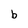
Character: b